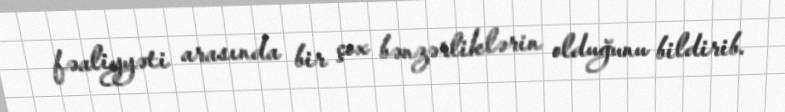
fəaliyyəti arasında bir çox bənzərliklərin olduğunu bildirib.